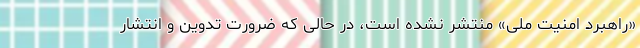
«راهبرد امنیت ملی» منتشر نشده است، در حالی که ضرورت تدوین و انتشار